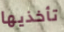
تأخذيها